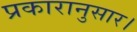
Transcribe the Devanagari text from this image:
प्रकारानुसार।